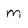
Character: m